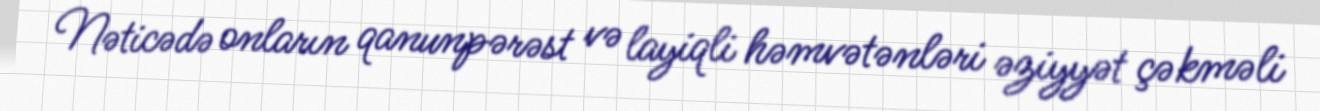
Nəticədə onların qanunpərəst və layiqli həmvətənləri əziyyət çəkməli